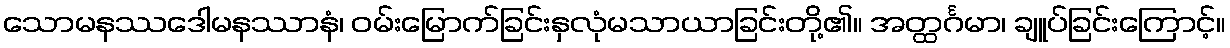
သောမနဿဒေါမနဿာနံ၊ ဝမ်းမြောက်ခြင်းနှလုံမသာယာခြင်းတို့၏။ အတ္ထင်္ဂမာ၊ ချူပ်ခြင်းကြောင့်။